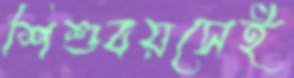
শিশুবয়সেই